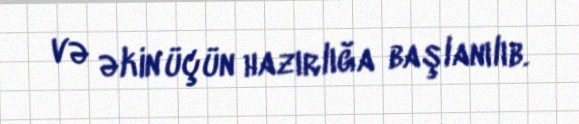
və əkin üçün hazırlığa başlanılıb.